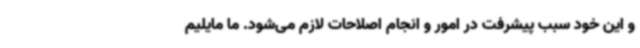
و این خود سبب پیشرفت در امور و انجام اصلاحات لازم می‌شود. ما مایلیم